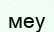
меу